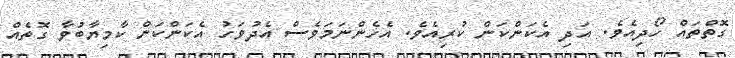
ގޮތްތައް ހޯދިއެވެ. އަދި އެކަންކަން ކުރިއެވެ. އެހެންނަމަވެސް އެދުވަހު އެކަންކަން ކާމިޔާބުވާ ގޮތެއް